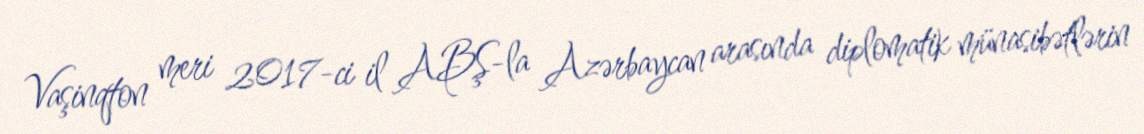
Vaşinqton meri 2017-ci il ABŞ-la Azərbaycan arasında diplomatik münasibətlərin